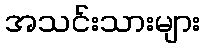
အသင်းသားများ